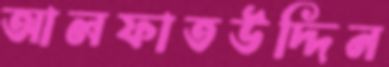
আলফাতউদ্দিন